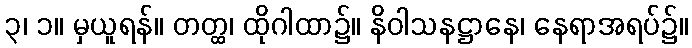
၃၊ ၁။ မှယူရန်။ တတ္ထ၊ ထိုဂါထာ၌။ နိဝါသနဋ္ဌာနေ၊ နေရာအရပ်၌။